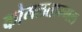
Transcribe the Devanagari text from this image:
कोमलताम्मल